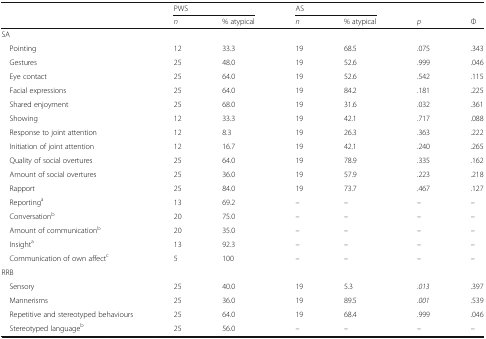
<table><thead><tr><td rowspan="2"></td><td colspan="2"><b>PWS</b></td><td colspan="2"><b>AS</b></td><td></td><td></td></tr><tr><td><b><i>n</i></b></td><td><b>% atypical</b></td><td><b><i>n</i></b></td><td><b>% atypical</b></td><td><b><i>p</i></b></td><td><b>Φ</b></td></tr></thead><tbody><tr><td colspan="7">SA</td></tr><tr><td> Pointing</td><td>12</td><td>33.3</td><td>19</td><td>68.5</td><td>.075</td><td>.343</td></tr><tr><td> Gestures</td><td>25</td><td>48.0</td><td>19</td><td>52.6</td><td>.999</td><td>.046</td></tr><tr><td> Eye contact</td><td>25</td><td>64.0</td><td>19</td><td>52.6</td><td>.542</td><td>.115</td></tr><tr><td> Facial expressions</td><td>25</td><td>64.0</td><td>19</td><td>84.2</td><td>.181</td><td>.225</td></tr><tr><td> Shared enjoyment</td><td>25</td><td>68.0</td><td>19</td><td>31.6</td><td>.032</td><td>.361</td></tr><tr><td> Showing</td><td>12</td><td>33.3</td><td>19</td><td>42.1</td><td>.717</td><td>.088</td></tr><tr><td> Response to joint attention</td><td>12</td><td>8.3</td><td>19</td><td>26.3</td><td>.363</td><td>.222</td></tr><tr><td> Initiation of joint attention</td><td>12</td><td>16.7</td><td>19</td><td>42.1</td><td>.240</td><td>.265</td></tr><tr><td> Quality of social overtures</td><td>25</td><td>64.0</td><td>19</td><td>78.9</td><td>.335</td><td>.162</td></tr><tr><td> Amount of social overtures</td><td>25</td><td>36.0</td><td>19</td><td>57.9</td><td>.223</td><td>.218</td></tr><tr><td> Rapport</td><td>25</td><td>84.0</td><td>19</td><td>73.7</td><td>.467</td><td>.127</td></tr><tr><td> Reporting<sup>a</sup></td><td>13</td><td>69.2</td><td>–</td><td>–</td><td>–</td><td>–</td></tr><tr><td> Conversation<sup>b</sup></td><td>20</td><td>75.0</td><td>–</td><td>–</td><td>–</td><td>–</td></tr><tr><td> Amount of communication<sup>b</sup></td><td>20</td><td>35.0</td><td>–</td><td>–</td><td>–</td><td>–</td></tr><tr><td> Insight<sup>a</sup></td><td>13</td><td>92.3</td><td>–</td><td>–</td><td>–</td><td>–</td></tr><tr><td> Communication of own affect<sup>c</sup></td><td>5</td><td>100</td><td>–</td><td>–</td><td>–</td><td>–</td></tr><tr><td colspan="7">RRB</td></tr><tr><td> Sensory</td><td>25</td><td>40.0</td><td>19</td><td>5.3</td><td><i>.013</i></td><td>.397</td></tr><tr><td> Mannerisms</td><td>25</td><td>36.0</td><td>19</td><td>89.5</td><td><i>.001</i></td><td>.539</td></tr><tr><td> Repetitive and stereotyped behaviours</td><td>25</td><td>64.0</td><td>19</td><td>68.4</td><td>.999</td><td>.046</td></tr><tr><td> Stereotyped language<sup>b</sup></td><td>25</td><td>56.0</td><td>–</td><td>–</td><td>–</td><td>–</td></tr></tbody></table>